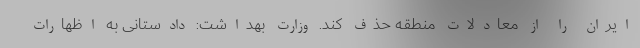
ایران را از معادلات منطقه حذف کند. وزارت بهداشت: دادستانی به اظهارات